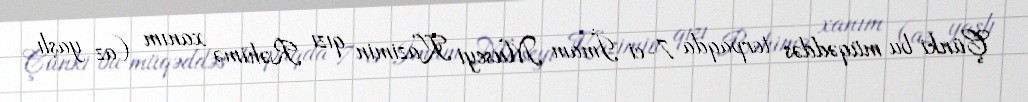
Çünki bu müqəddəs torpaqda 7-ci İmam Museyi Kazimin qızı Rəhimə xanım (az yaşlı